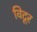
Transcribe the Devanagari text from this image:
विटूर